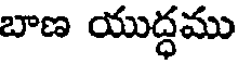
బాణ యుద్ధము